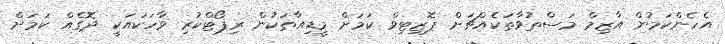
އެހެންކަމުން އާޒިމް މަސްތުވާތަކެއްޗަށް ޕޮޒިޓިވް ކަމަށް މީޑިއާތަކުން ރިޕޯޓްކުރި ވާހަކައަކީ ދޮގެއް ކަމަށް